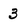
Character: 3